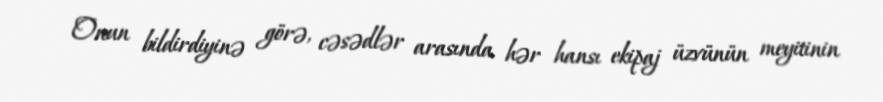
Onun bildirdiyinə görə, cəsədlər arasında hər hansı ekipaj üzvünün meyitinin